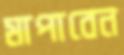
মাপাবেন